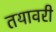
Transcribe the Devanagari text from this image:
तयावरी